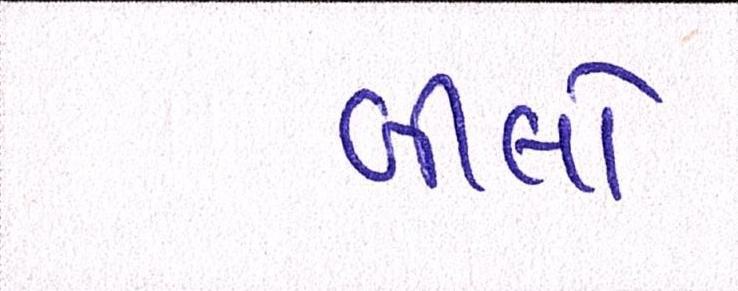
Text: બીલો